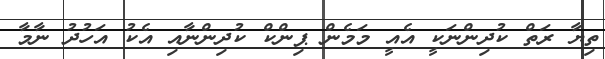
ތިޔާ ރަތް ކުދިންނަކީ އެއީ މަމެން ޕިންކް ކުދިންނާއި އެކު އަހުދު ނާމާ